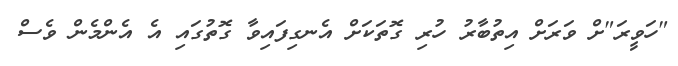
"ހަވީރަ"ށް ވަރަށް އިތުބާރު ހުރި ގޮތަކަށް އެނގިފައިވާ ގޮތުގައި އެ އެންމެން ވެސް